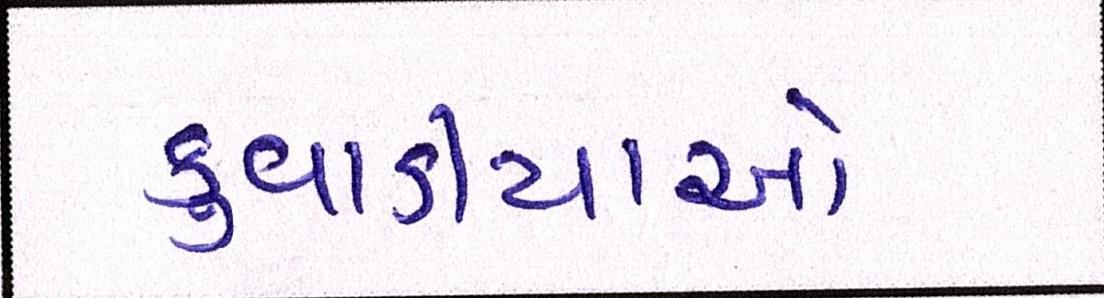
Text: કુવાડીયાઓ